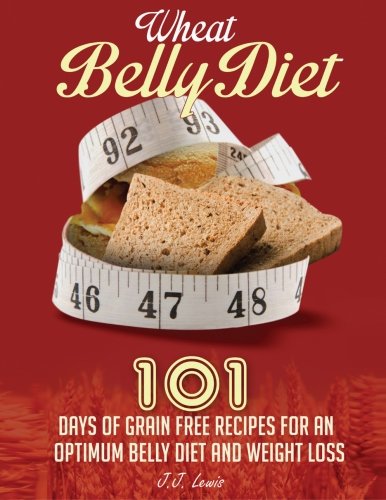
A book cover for Wheat Belly Diet: 101 Days of Grain Free Recipes for an Optimum Belly Diet and Weight Loss; J.J. Lewis; Health, Fitness & Dieting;